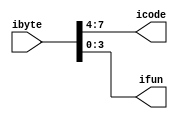
// Split instruction byte into icode and ifun fields

module split(ibyte, icode, ifun);
    input [7:0] ibyte;
    output [3:0] icode;
    output [3:0] ifun;
    assign icode = ibyte[7:4];
    assign ifun = ibyte[3:0];
endmodule


// Extract immediate word from 9 bytes of instruction
module align(ibytes, need_regids, rA, rB, valC);
    //94ra/ra+4=rb,remain is valC
    input [71:0] ibytes;
    input need_regids;
    output [ 3:0] rA;
    output [ 3:0] rB;
    output [63:0] valC;
    assign rA = ibytes[7:4];
    assign rB = ibytes[3:0];
    assign valC = need_regids ? ibytes[71:8] : ibytes[63:0];
endmodule

// PC incrementer
module pc_increment(pc, need_regids, need_valC, valP);
    input [63:0] pc;
    input need_regids;
    input need_valC;
    output [63:0] valP;
    assign valP = pc + 1 + 8*need_valC + need_regids;
endmodule


module alu(aluA, aluB, alufun, valE, new_cc);
    input [63:0] aluA, aluB; // Data inputs
    input [ 3:0] alufun; // ALU function
    output [63:0] valE; // Data Output
    output [ 2:0] new_cc; // New values for ZF, SF, OF
    parameter ALUADD = 4'h0;
    parameter ALUSUB = 4'h1;
    parameter ALUAND = 4'h2;
    parameter ALUXOR = 4'h3;
    assign valE =
    alufun == ALUSUB ? aluB - aluA :
    alufun == ALUAND ? aluB & aluA :
    alufun == ALUXOR ? aluB ^ aluA :
    aluB + aluA;
    assign new_cc[2] = (valE == 0); // ZF
    assign new_cc[1] = valE[63]; // SF
    assign new_cc[0] = // OF
    alufun == ALUADD ?
    (aluA[63] == aluB[63]) & (aluA[63] != valE[63]) :
    alufun == ALUSUB ?
    (~aluA[63] == aluB[63]) & (aluB[63] != valE[63]) :
    0;
endmodule

// Clocked register with enable signal and synchronous reset
// Default width is 8, but can be overriden
module cenrreg(out, in, enable, reset, resetval, clock);
parameter width = 8;
output [width-1:0] out;
reg [width-1:0] out;
input [width-1:0] in;
input enable;
input reset;
input [width-1:0] resetval;
input clock;
always
@(posedge clock)
begin
if (reset)
out <= resetval;
else if (enable)
out <= in;
end
endmodule

// Pipeline register. Uses reset signal to inject bubble
// When bubbling, must specify value that will be loaded
module preg(out, in, stall, bubble, bubbleval, clock);
parameter width = 8;
output [width-1:0] out;
input [width-1:0] in;
input stall, bubble;
input [width-1:0] bubbleval;
input clock;
cenrreg #(width) r(out, in, ~stall, bubble, bubbleval, clock);
endmodule